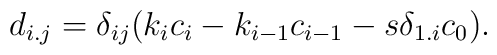
d_{i.j}= \delta_{ij}(k_ic_i-k_{i-1}c_{i-1}-s\delta_{1.i} c_0).